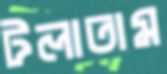
টলাতাম